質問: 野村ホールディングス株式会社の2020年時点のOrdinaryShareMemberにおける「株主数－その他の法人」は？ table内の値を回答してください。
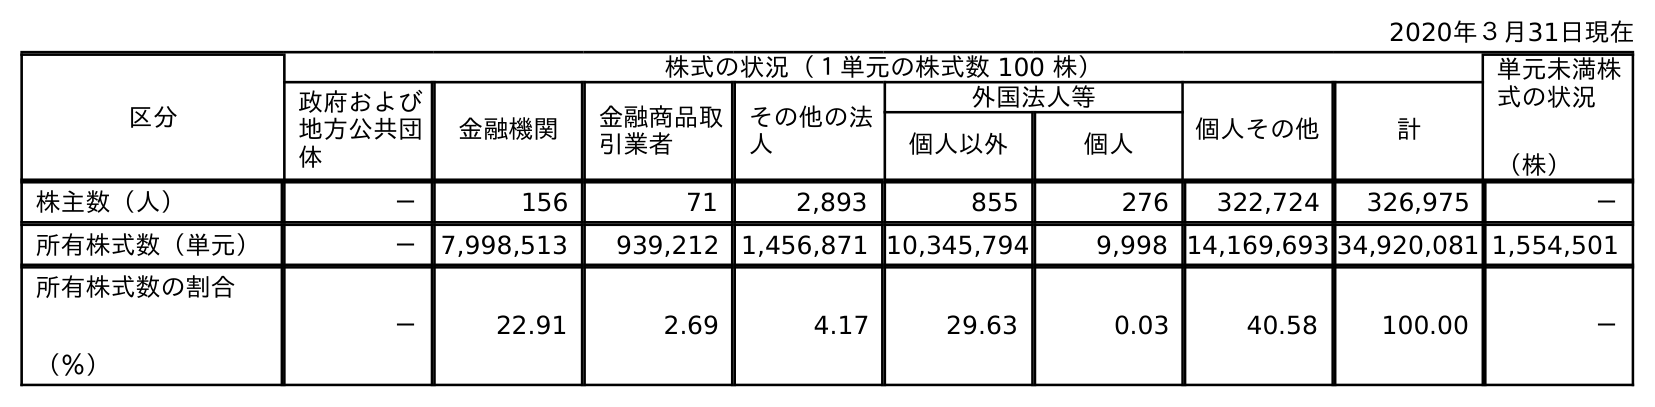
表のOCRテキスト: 2020年３月31日現在 区分 株式の状況（１単元の株式数 100 株） 単元未満株 式の状況 （株） 政府および 地方公共団 体 金融機関 金融商品取 引業者 その他の法 人 外国法人等 個人その他 計 個人以外 個人 株主数（人） － 156 71 2,893 855 276 322,724 326,975 － 所有株式数（単元） － 7,998,513 939,212 1,456,871 10,345,794 9,998 14,169,693 34,920,081 1,554,501 所有株式数の割合 （％） － 22.91 2.69 4.17 29.63 0.03 40.58 100.00 －
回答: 2,893